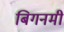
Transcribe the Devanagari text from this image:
बिगनमी